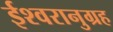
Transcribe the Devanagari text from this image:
ईश्वरानुग्रह